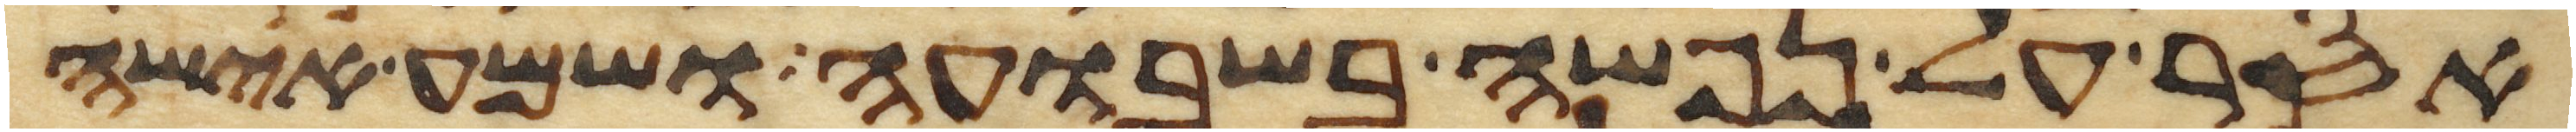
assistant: אסר על נפשה בשבועה ושמע אישה